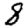
Digit: 8